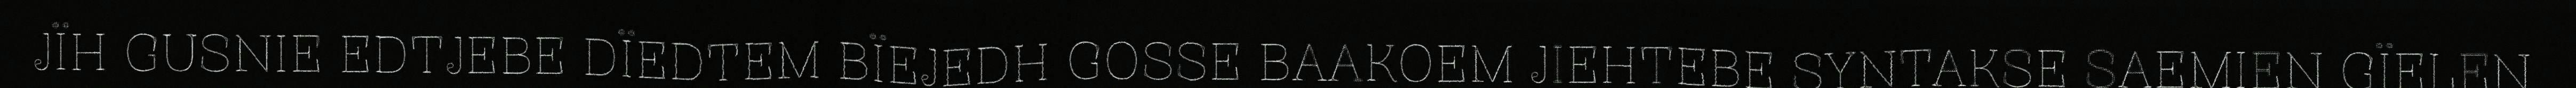
JÏH GUSNIE EDTJEBE DÏEDTEM BÏEJEDH GOSSE BAAKOEM JIEHTEBE SYNTAKSE SAEMIEN GÏELEN